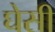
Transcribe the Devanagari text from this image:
घेसी